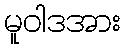
မူဝါဒအား